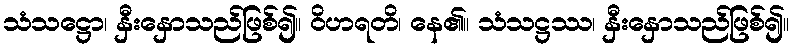
သံသဋ္ဌော၊ နှီးနှောသည်ဖြစ်၍။ ဝိဟရတိ၊ နေ၏။ သံသဋ္ဌဿ၊ နှီးနှောသည်ဖြစ်၍။